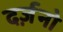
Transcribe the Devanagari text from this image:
दर्ज़नो